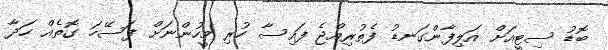
ބޮޑު ސިޓީއަށް އަލިފާންގަނޑު ފެތުރިއްޖެ ފައިސާ ހުރި މީހުންނަށް ފަސޭހަ ގޮތެއް ހަދާ